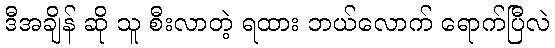
ဒီအချိန် ဆို သူ စီးလာတဲ့ ရထား ဘယ်လောက် ရောက်ပြီလဲ